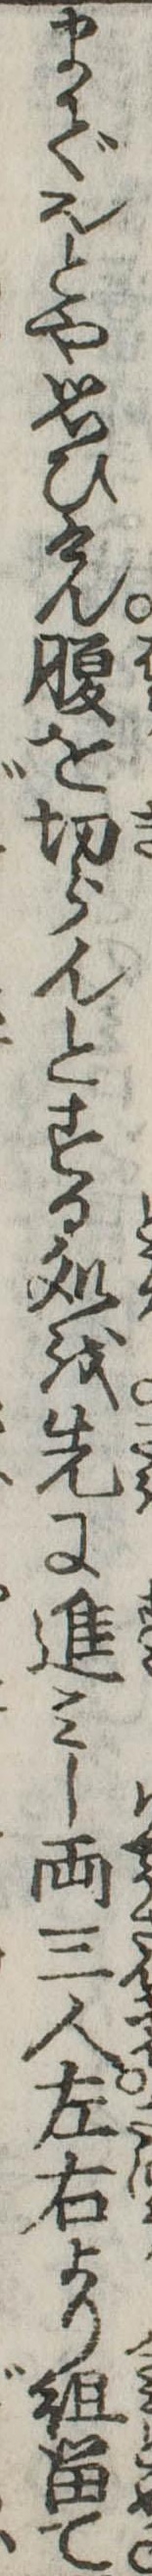
まで也とや思ひけん腹を切らんとする処を先に進みし両三人左右より組留て